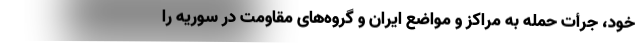
خود، جرأت حمله به مراکز و مواضع ایران و گروه‌های مقاومت در سوریه را